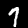
Label: 7